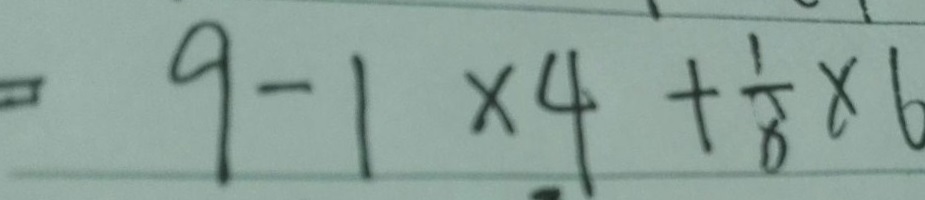
= 9 - 1 \times 4 + \frac { 1 } { 8 } \times 6